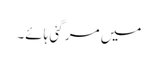
میں مر گئی ہائے۔